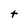
Character: t